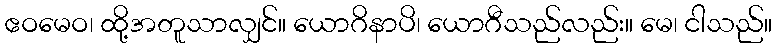
ဧဝမေဝ၊ ထို့အတူသာလျှင်။ ယောဂိနာပိ၊ ယောဂီသည်လည်း။ မေ၊ ငါသည်။